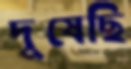
দুষেছি